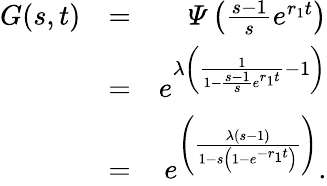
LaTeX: \begin{array}{rlr}{G(s,t)}&{=}&{\varPsi\left(\frac{s-1}{s}e^{r_{1}t}\right)}\\ &{=}&{e^{\lambda\left(\frac{1}{1-\frac{s-1}{s}e^{r_{1}t}}-1\right)}}\\ &{=}&{e^{\left(\frac{\lambda(s-1)}{1-s\left(1-e^{-r_{1}t}\right)}\right)}.}\end{array}